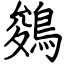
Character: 鵕